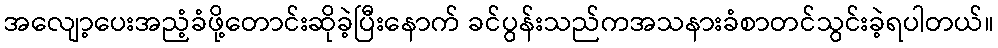
အလျော့ပေးအညံ့ခံဖို့တောင်းဆိုခဲ့ပြီးနောက် ခင်ပွန်းသည်ကအသနားခံစာတင်သွင်းခဲ့ရပါတယ်။